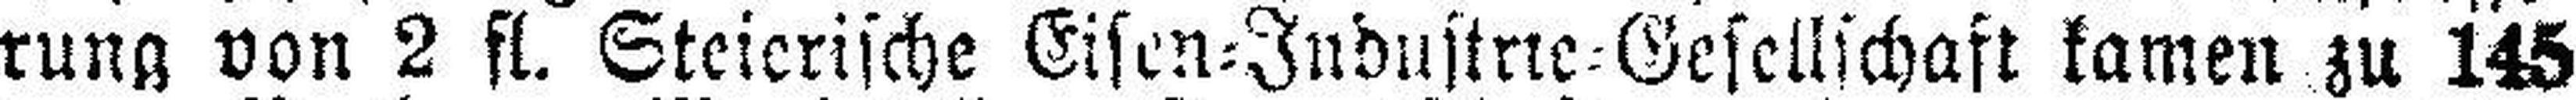
rung von 2 fl. Steierische Eisen=Industrie=Gesellschaft kamen zu 145